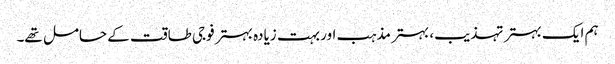
ہم ایک بہتر تہذیب، بہتر مذہب اور بہت زیادہ بہتر فوجی طاقت کے حامل تھے۔